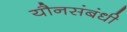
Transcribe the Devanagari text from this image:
यौनसंबंधी